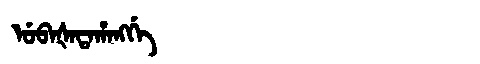
Manchu: ᡠᠪᠠᡧᠠᡨᠠᡥᠠᠩᡤᡝ
Romanization: UBAŠATAHANGGE